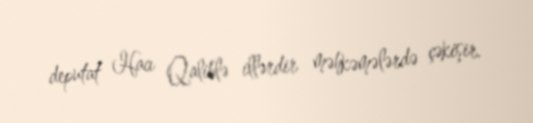
deputat Hacı Qaliblə illərdir məhkəmələrdə çəkişir.